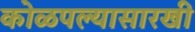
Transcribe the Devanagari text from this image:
कोळपल्यासारखी